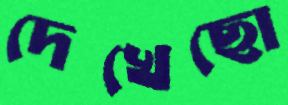
দেখেছো